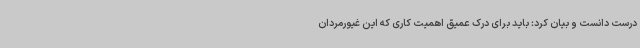
درست دانست و بیان کرد: باید برای درک عمیق اهمیت کاری که این غیورمردان